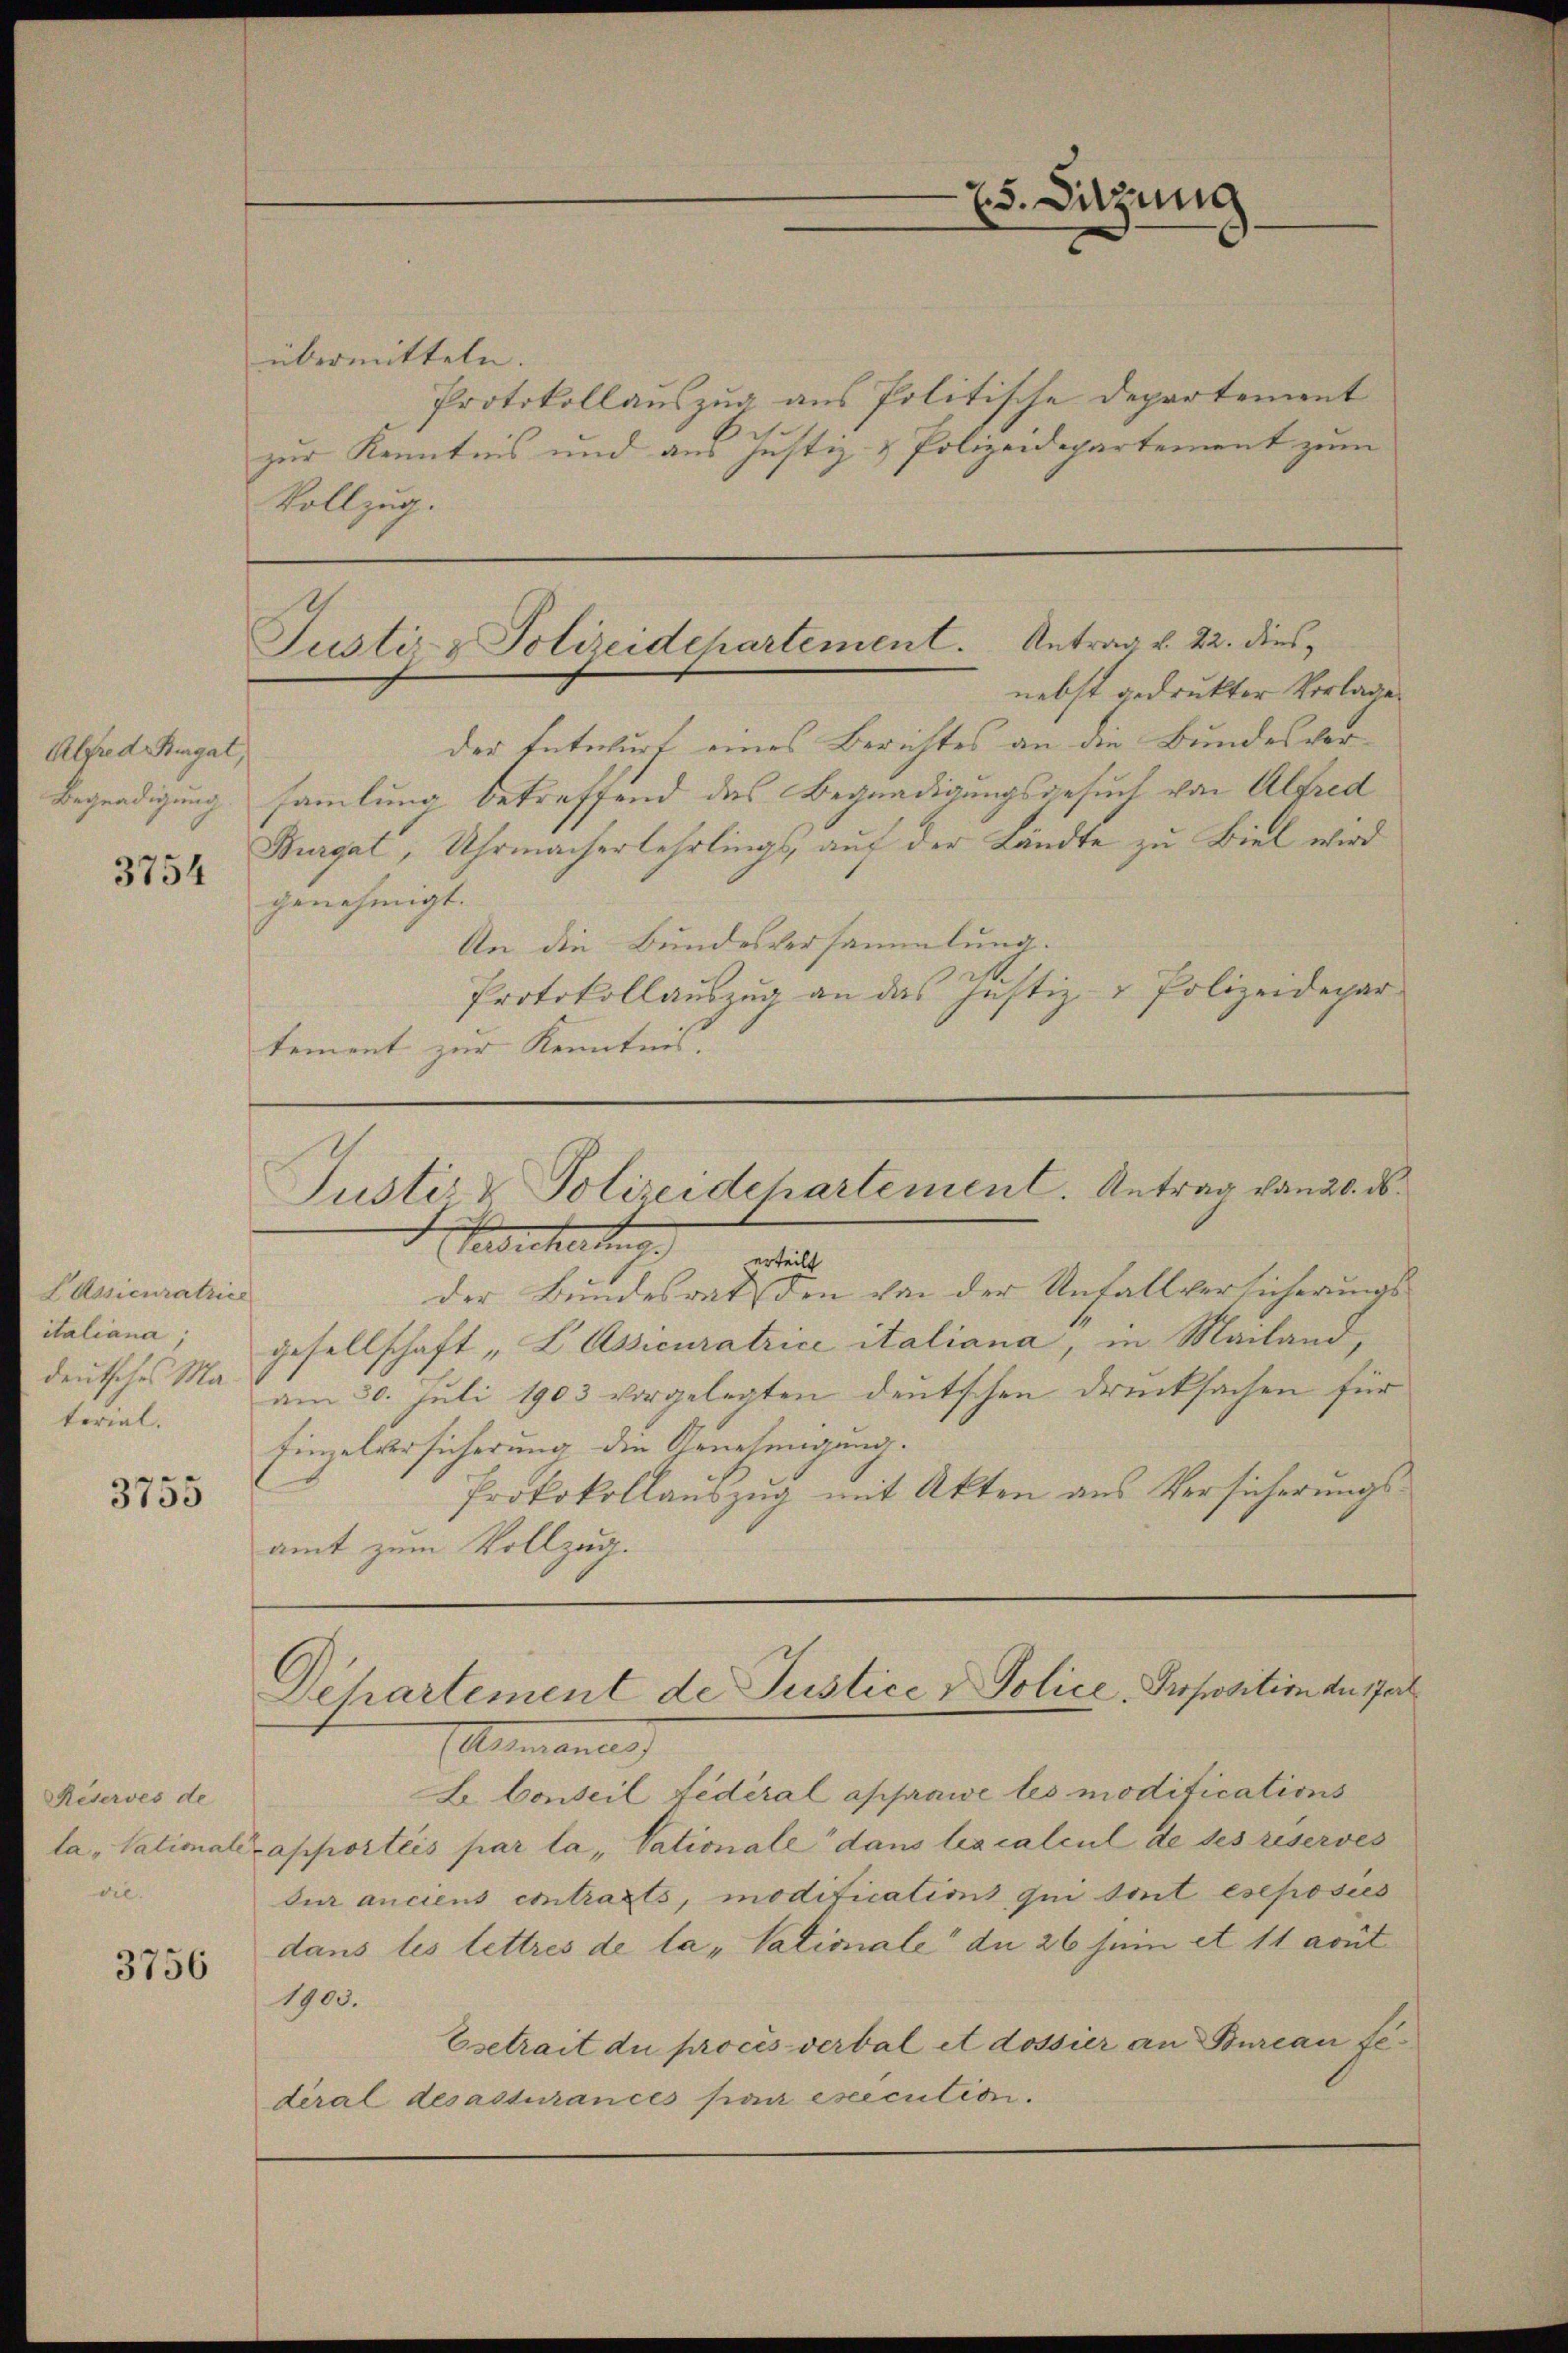
Alfred Burgat,
Begnadigung

3754

LUssicuratrice
italiana;
deutsches Material.

3755

Reserves de
ta "Vationale
die.

3756

Justiz- & Polizeidchartement. Antrag v. 22. dies
nebst gedruckter Vorlage

übermitteln.
Protokollauszug aus Politische Departement
zur Kenntnis und aus Justiz- & Polizeidepartement zum
Vollzug.

Es. Sitzung

der Entwurf eines Berichtes an die Bundesversammlung betreffend das Begnadigungsgesuch von Alfred
Burgat, Uhrmacherlehrlings, auf der Landte zu Biel wird
genehmigt.
An die Bundesversammlung.
Protokollauszug an das Justiz- & Polizeidepar
tement zur Kenntnis. |

Justiz & Polizeidepartement. Antrag von 20. ds.
Caertheilung de

Dehartement de Justice v. Police, Proposition du part

der Bundesrat den von der Unfallversicherungsgesellschaft „L Assicuratrice italiana, in Mailand,
am 30. Juli 1903 vorgelegten deutschen Drucksachen für
Einzelversicherung die Genehmigung.
Protokollauszug mit Akten aus Versicherungsamt zum Vollzug.

Altmannes)
L. Conseil fédéral apprawe les modifications
apporteis par la „Vationale dans les calcul de ses reserves
dur anciens contragts, modifications qui sont eseposis
dans les lettres de la „Vationale du 26 zum et 11 avut
1903.
Esetrait du procès verbal et dossier an Bureau fedéral des assurancés par esecution.